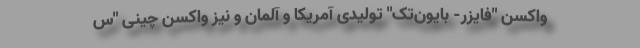
واکسن "فایزر- بایون‌تک" تولیدی آمریکا و آلمان و نیز واکسن چینی "س